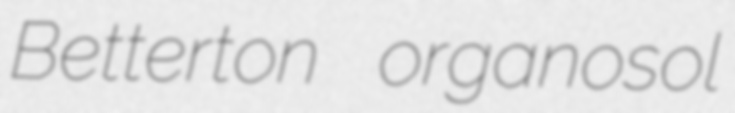
Betterton organosol